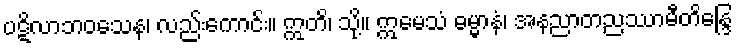
ပဋိလာဘဝသေန၊ လည်းကောင်း။ ဣတိ၊ သို့။ ဣမေသံ ဓမ္မာနံ၊ အနညာတညဿာမီတိန္ဒြေ